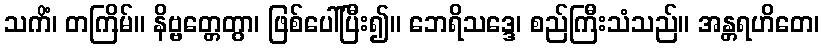
သကိံ၊ တကြိမ်။ နိဗ္ဗတ္တေတွာ၊ ဖြစ်ပေါ်ပြီး၍။ ဘေရိသဒ္ဒေ၊ စည်ကြီးသံသည်။ အန္တရဟိတေ၊